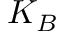
K _ { B }